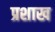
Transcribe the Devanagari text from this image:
प्रशाख